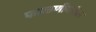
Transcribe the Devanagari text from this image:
फाळणीवरील